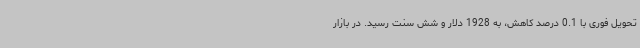
تحویل فوری با 0.1 درصد کاهش، به 1928 دلار و شش سنت رسید. در بازار